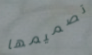
تصميمها